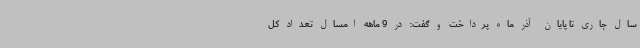
سال جاری تا پایان آذر ماه پرداخت و گفت: در 9 ماهه امسال تعداد کل